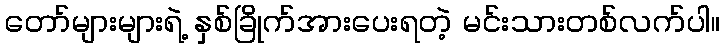
တော်များများရဲ့ နှစ်ခြိုက်အားပေးရတဲ့ မင်းသားတစ်လက်ပါ။